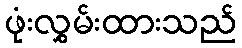
ဖုံးလွှမ်းထားသည်